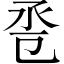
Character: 卺